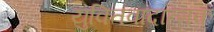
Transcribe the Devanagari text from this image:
युक्तिवादात्मक